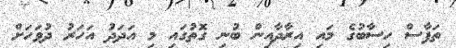
ތަފާސް ހިސާބުގެ މައި އިރާދާއިން ބުނި ގޮތުގައި މި އަދަދު އަހަރު ދުވަހަށް